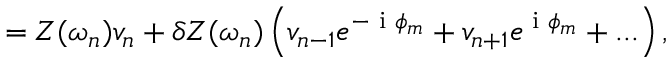
= Z ( \omega _ { n } ) v _ { n } + \delta Z ( \omega _ { n } ) \left( v _ { n - 1 } e ^ { - \textrm { i } \phi _ { m } } + v _ { n + 1 } e ^ { \textrm { i } \phi _ { m } } + . . . \right) ,